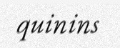
quinins